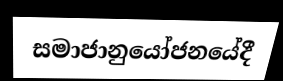
සමාජානුයෝජනයේදී